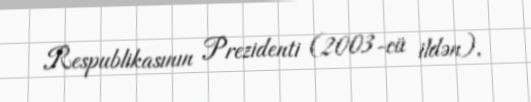
Respublikasının Prezidenti (2003-cü ildən).